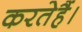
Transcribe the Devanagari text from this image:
करतेहैं।